Civil Veterinary Department. Madras. Admin. report 1910-25 - 1910-1925
Year: 1910
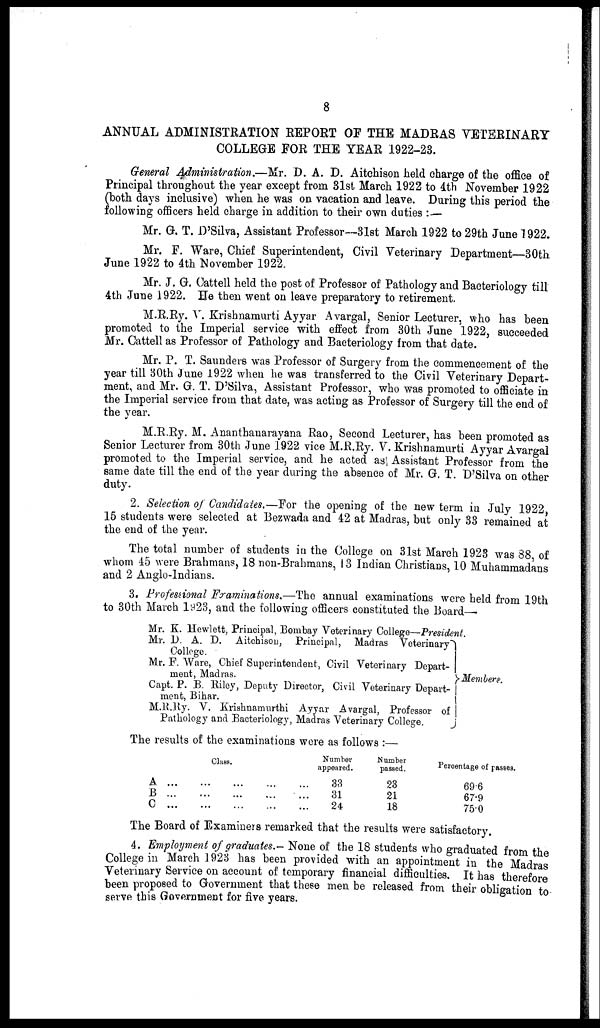
8
ANNUAL ADMINISTRATION REPORT OP THE MADRAS VETERINARY
COLLEGE FOR THE YEAR 1922-23.
General Administration.—Mr. D. A. D. Aitchison held charge of the office of
Principal throughout the year except from 31st March 1922 to 4th November 1922
(both days inclusive) when he was on vacation and leave. During this period the
following officers held charge in addition to their own duties :—
Mr. G. T. D'Silva, Assistant Professor—31st March 1922 to 29th June 1922.
Mr. F. Ware, Chief Superintendent, Civil Veterinary Department—30th
June 1922 to 4th November 1922.
Mr. J. G. Cattell held the post of Professor of Pathology and Bacteriology till
4th June 1922. He then went on leave preparatory to retirement.
M.R.Ry. V. Krishnamurti Ayyar Avargal, Senior Lecturer, who has been
promoted to the Imperial service with effect from 30th June 1922, succeeded
Mr. Cattell as Professor of Pathology and Bacteriology from that date.
Mr. P. T. Saunders was Professor of Surgery from the commencement of the
year till 30th June 1922 when he was transferred to the Civil Veterinary Depart-
ment, and Mr. G. T. D'Silva, Assistant Professor, who was promoted to officiate in
the Imperial service from that date, was acting as Professor of Surgery till the end of
the year.
M.R.Ry. M. Ananthanarayana Rao, Second Lecturer, has been promoted as
Senior Lecturer from 30th June 1922 vice M.R.Ry. V. Krishnamurti Ayyar Avargal
promoted to the Imperial service, and he acted as; Assistant Professor from the
same date till the end of the year during the absence of Mr. G. T. D'Silva on other
duty.
2. Selection of Candidates.—For the opening of the new term in July 1922
15 students were selected at Bezwada and 42 at Madras, but only 33 remained at
the end of the year.
The total number of students in the College on 31st March 1923 was 38 of
whom 15 were Brahmans, 18 non-Brahmans, 13 Indian Christians, 10 Muhammadans
and 2 Anglo-Indians.
3. Professional Examinations.—The annual examinations were held from 19th
to 30th March 1^23, and the following officers constituted the Board—
Mr. K. Hewlett, Principal, Bombay Veterinary College—President.
Mr. D. A. D. Aitchison, Principal, Madras Veterinary
College.
Mr. F. Ware, Chief Superintendent, Civil Veterinary Depart-
ment, Madras.
Capt. P. B. Riley, Deputy Director, Civil Veterinary Depart-
ment, Bihar.
M.R.Ry. V. Krishnamurthi Ayyar Avargal, Professor of
Pathology and Bacteriology, Madras Veterinary College.
Members.
The results of the examinations were as follows :—
A
B
C
...
...
Class.
...
...
...
...
...
...
...
...
...
...
...
...
Number
appeared.
33
31
24
Number
passed.
23
21
18
Percentage of passes.
69.6
67.9
75.0
The Board of Examiners remarked that the results were satisfactory.
4. Employment of graduates.- None of the 18 students who graduated from the
College in March 1923 has been provided with an appointment in the Madras
Veterinary Service on account of temporary financial difficulties. It has therefore
been proposed to Government that these men be released from their obligation to
serve this Government for five years.